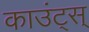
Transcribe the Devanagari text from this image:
काउंट्स्